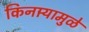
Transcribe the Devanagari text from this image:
किनार्‍यामुळे